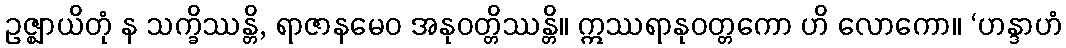
ဥဇ္ဈာယိတုံ န သက္ခိဿန္တိ, ရာဇာနမေဝ အနုဝတ္တိဿန္တိ။ ဣဿရာနုဝတ္တကော ဟိ လောကော။ ‘ဟန္ဒာဟံ